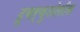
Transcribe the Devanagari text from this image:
टूबर्कुलोसीस